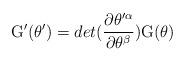
LaTeX: \begin{align*} {\rm G}^\prime (\theta^\prime) =det({{\partial\theta^{\prime\alpha}}\over {\partial\theta^\beta}}){\rm G}(\theta)\end{align*}